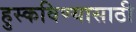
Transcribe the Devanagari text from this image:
हुस्कविण्यासाठी